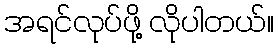
အရင်လုပ်ဖို့ လိုပါတယ်။